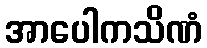
အာပေါကသိဏံ